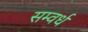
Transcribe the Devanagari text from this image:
सम्वर्ध